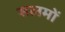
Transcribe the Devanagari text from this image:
सलमों